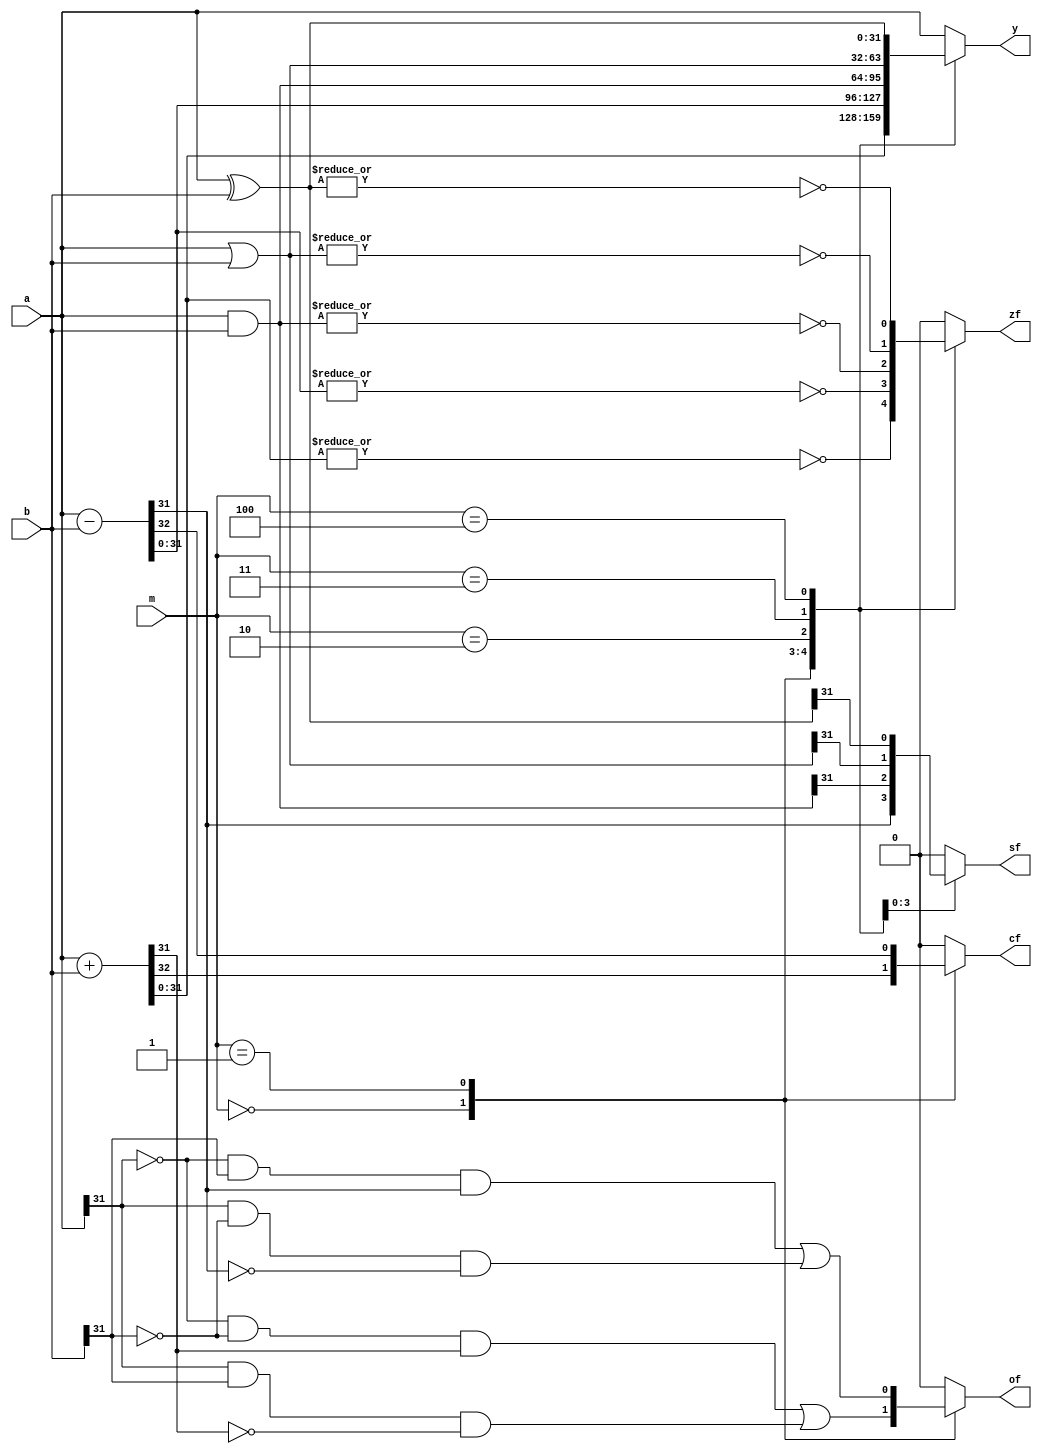
`timescale 1ns / 1ps
//////////////////////////////////////////////////////////////////////////////////
// Company: 
// Engineer: 
// 
// Design Name: 
// Module Name: ALU
// Project Name: 
// Target Devices: 
// Tool Versions: 
// Description: 
// 
// Dependencies: 
// 
// Revision:
// Revision 0.01 - File Created
// Additional Comments:
// 
//////////////////////////////////////////////////////////////////////////////////


module ALU
    #(parameter WIDTH = 32) 	// data width
(
    output reg [WIDTH-1:0] y,   // calculation result
    output reg zf,              // zero sign
    output reg cf,              // jinwei sign
	output reg of,				// yichu
	output reg sf,				// for signed cal
	input [WIDTH-1:0] a,
	input [WIDTH-1:0] b,
	input [2:0] m				// type
);

	always @(*) begin
		{zf,of,cf,sf} = 4'b0000;
		case (m)
			3'b000:  begin
				{cf, y} = a + b;
				of = (~a[WIDTH-1] & ~b[WIDTH-1] & y[WIDTH-1]) | (a[WIDTH-1] & b[WIDTH-1] & ~y[WIDTH-1]);
				zf = ~|y;
			end
			3'b001: begin
				{cf, y} = a - b;
				of = (~a[WIDTH-1] & b[WIDTH-1] & y[WIDTH-1]) | (a[WIDTH-1] & ~b[WIDTH-1] & ~y[WIDTH-1]);
				zf = ~|y;
				sf = y[WIDTH-1];
			end
			3'b010: begin
				y = a & b;
				zf = ~|y;
				sf = y[WIDTH-1];
			end
			3'b011: begin
				y = a | b;
				zf = ~|y;
				sf = y[WIDTH-1];
			end
			3'b100: begin
				y = a ^ b;
				zf = ~|y;
				sf = y[WIDTH-1];
			end
			default: y = a;
		endcase
	end
endmodule